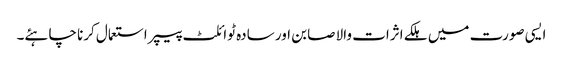
ایسی صورت میں ہلکے اثرات والا صابن اور سادہ ٹوائلٹ پیپر استعمال کرنا چاہئے۔